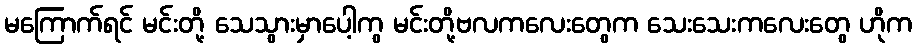
မကြောက်ရင် မင်းတို့ သေသွားမှာပေါ့ကွ မင်းတို့ဗလကလေးတွေက သေးသေးကလေးတွေ ဟိုက